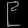
Digit: ၉